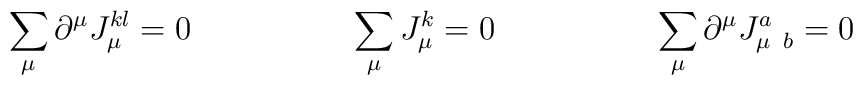
\sum_{\mu} \partial^{\mu} J^{kl}_{\mu}=0\hspace{2cm} \sum_{\mu} J^{k}_{\mu}=0\hspace{2cm} \sum_{\mu} \partial^{\mu} J^{a}_{\mu \;\; b}=0